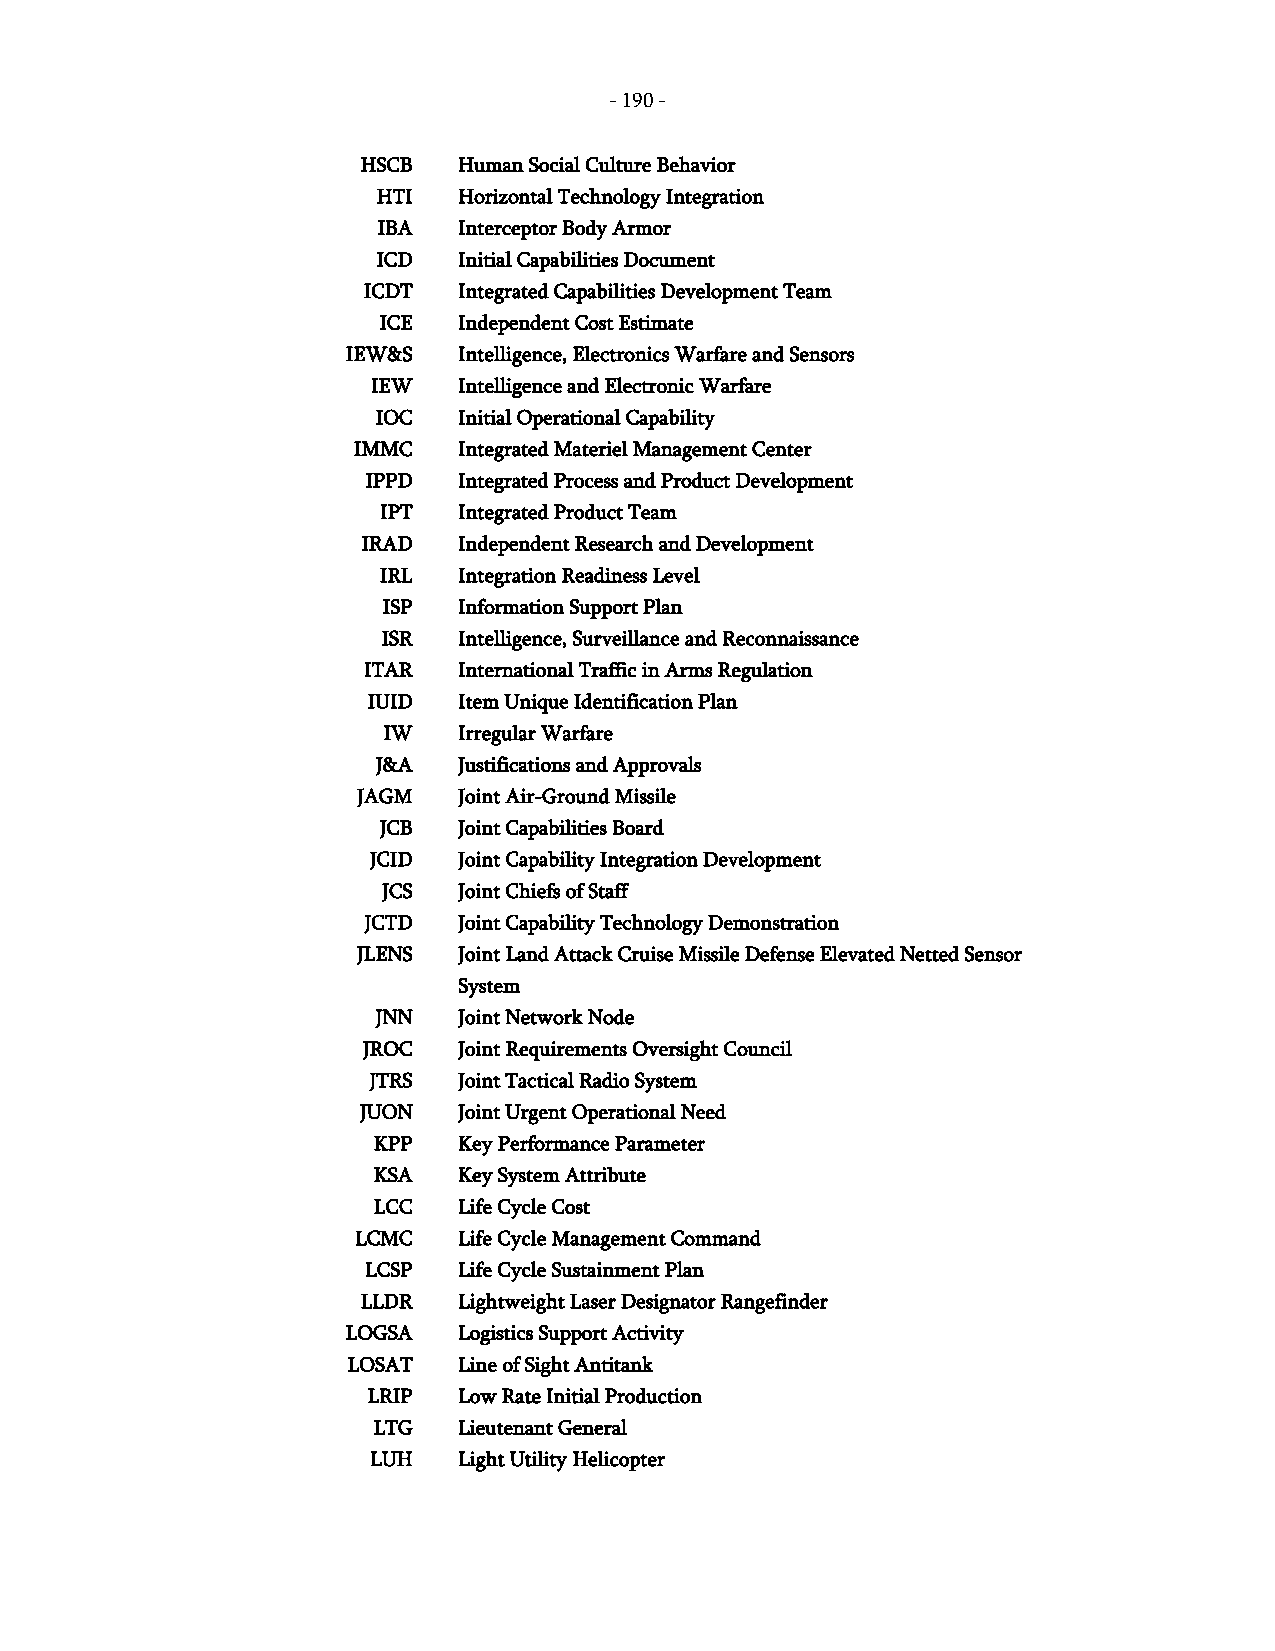
- 190 -
 HSCB  Human Social Culture Behavior
 HTI  Horizontal Technology Integration
 IBA  Interceptor Body Armor
 ICD  Initial Capabilities Document
 ICDT  Integrated Capabilities Development Team
 ICE  Independent Cost Estimate
 IEW&S  Intelligence, Electronics Warfare and Sensors
 IEW  Intelligence and Electronic Warfare
 IOC  Initial Operational Capability
 IMMC   Integrated Materiel Management Center
 IPPD  Integrated Process and Product Development
 IPT  Integrated Product Team
 IRAD  Independent Research and Development
 IRL  Integration Readiness Level
 ISP  Information Support Plan
 ISR  Intelligence, Surveillance and Reconnaissance
 ITAR  International Traffic in Arms Regulation
 IUID  Item Unique Identification Plan
 IW   Irregular Warfare
 J&A  Justifications and Approvals
 JAGM  Joint Air-Ground Missile
 JCB  Joint Capabilities Board
 JCID  Joint Capability Integration Development
 JCS  Joint Chiefs of Staff
 JCTD  Joint Capability Technology Demonstration
 JLENS Joint Land Attack Cruise Missile Defense Elevated Netted Sensor
 System
 JNN  Joint Network Node
 JROC  Joint Requirements Oversight Council
 JTRS  Joint Tactical Radio System
 JUON  Joint Urgent Operational Need
 KPP  Key Performance Parameter
 KSA  Key System Attribute
 LCC  Life Cycle Cost
 LCMC  Life Cycle Management Command
 LCSP  Life Cycle Sustainment Plan
 LLDR  Lightweight Laser Designator Rangefinder
 LOGSA  Logistics Support Activity
 LOSAT  Line of Sight Antitank
 LRIP  Low Rate Initial Production
 LTG  Lieutenant General
 LUH  Light Utility Helicopter
 -
 190
 -